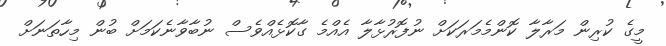
މީގެ ކުރިން މަރާލާ ކޮންމެމަރަކަށް ނުފޮރުޅާލާ އެއްމެ ގާކޮޅެއްވެސް ނުބާވާނެކަމަށް ބުން މިހާތަނަށް